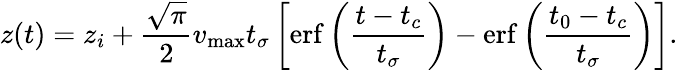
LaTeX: z(t)=z_{i}+\frac{\sqrt{\pi}}{2}v_{\mathrm{max}}t_{\sigma}\left[\mathrm{erf}\left(\frac{t-t_{c}}{t_{\sigma}}\right)-\mathrm{erf}\left(\frac{t_{0}-t_{c}}{t_{\sigma}}\right)\right].